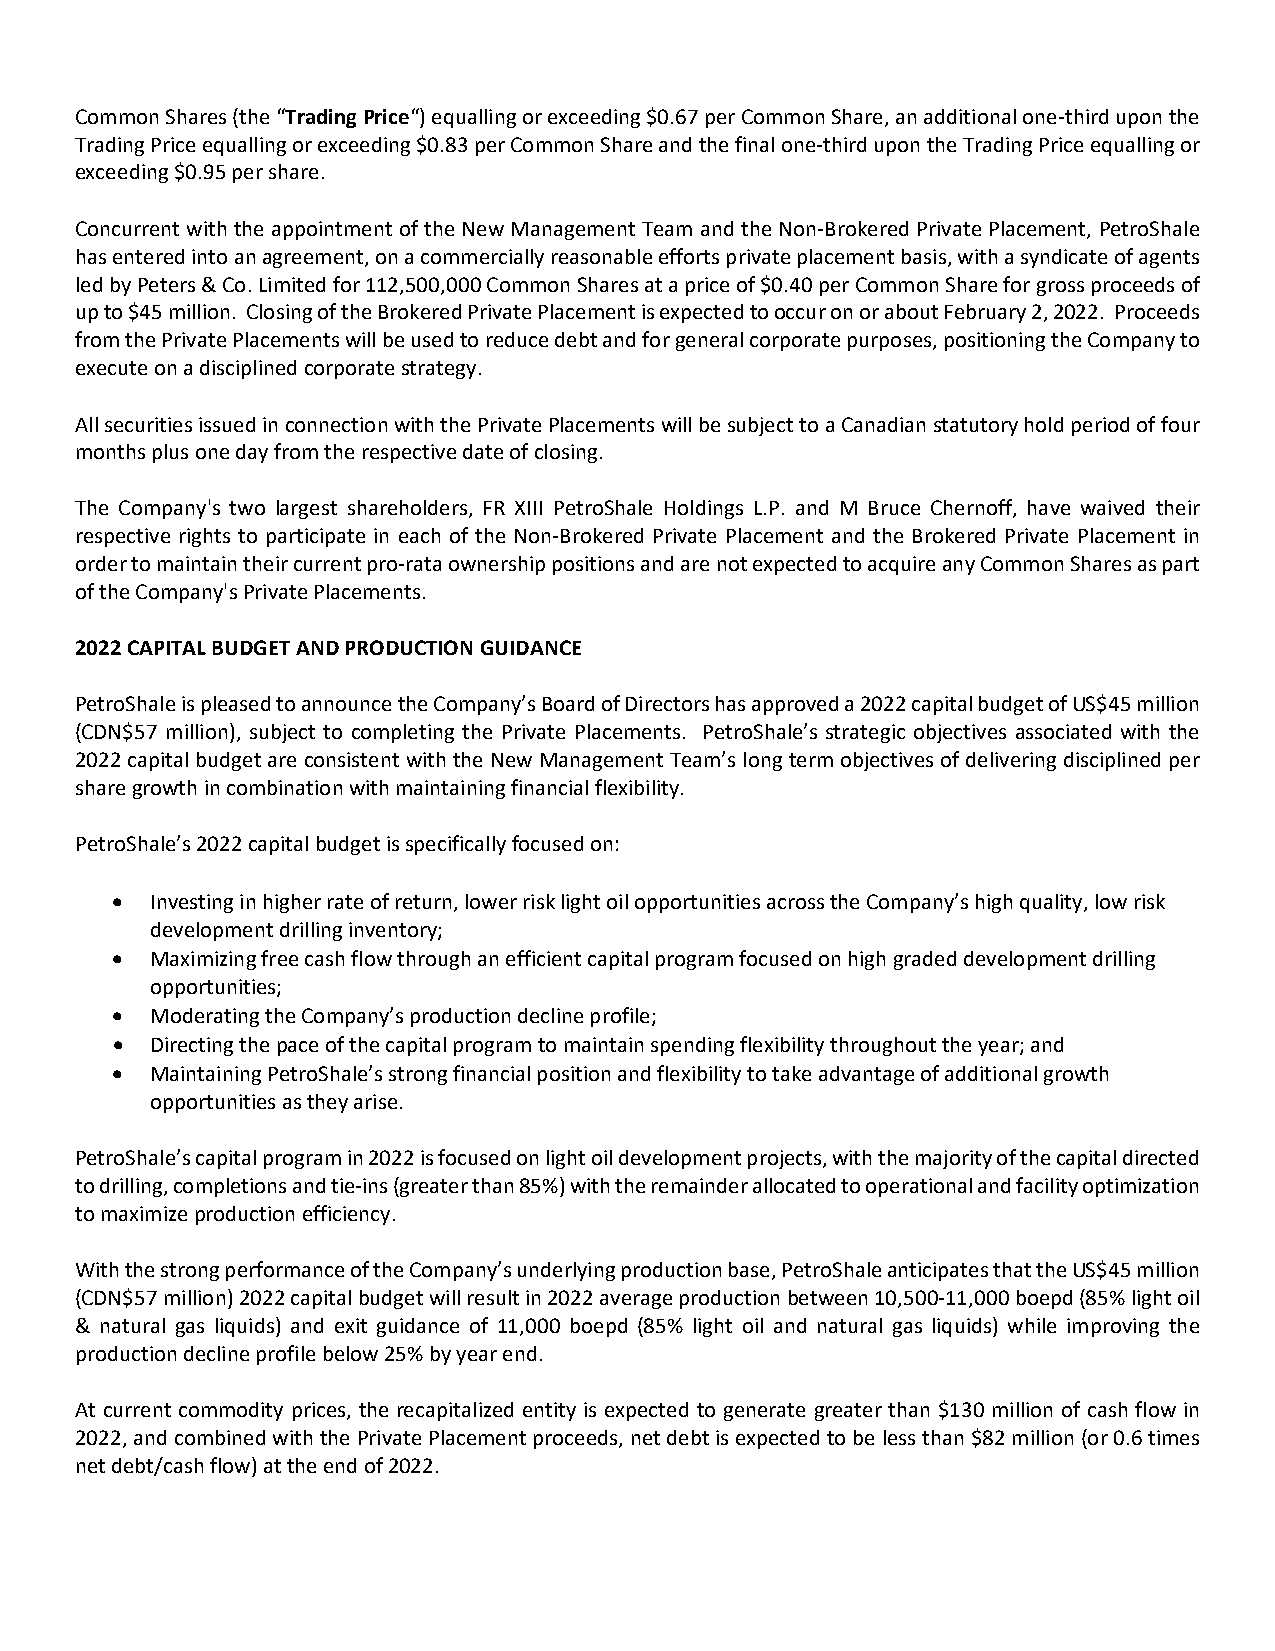
Common Shares (the “Trading Price“) equalling or exceeding $0.67 per Common Share, an additional one‐third upon the
 Trading Price equalling or exceeding $0.83 per Common Share and the final one‐third upon the Trading Price equalling or
 exceeding $0.95 per share.
 Concurrent with the appointment of the New Management Team and the Non‐Brokered Private Placement, PetroShale
 has entered into an agreement, on a commercially reasonable efforts private placement basis, with a syndicate of agents
 led by Peters & Co. Limited for 112,500,000 Common Shares at a price of $0.40 per Common Share for gross proceeds of
 up to $45 million. Closing of the Brokered Private Placement is expected to occur on or about February 2, 2022. Proceeds
 from the Private Placements will be used to reduce debt and for general corporate purposes, positioning the Company to
 execute on a disciplined corporate strategy.
 All securities issued in connection with the Private Placements will be subject to a Canadian statutory hold period of four
 months plus one day from the respective date of closing.
 The Company's two largest shareholders, FR XIII PetroShale Holdings L.P. and M Bruce Chernoff, have waived their
 respective rights to participate in each of the Non‐Brokered Private Placement and the Brokered Private Placement in
 order to maintain their current pro‐rata ownership positions and are not expected to acquire any Common Shares as part
 of the Company's Private Placements.
 2022 CAPITAL BUDGET AND PRODUCTION GUIDANCE
 PetroShale is pleased to announce the Company’s Board of Directors has approved a 2022 capital budget of US$45 million
 (CDN$57 million), subject to completing the Private Placements. PetroShale’s strategic objectives associated with the
 2022 capital budget are consistent with the New Management Team’s long term objectives of delivering disciplined per
 share growth in combination with maintaining financial flexibility.
 PetroShale’s 2022 capital budget is specifically focused on:
   Investing in higher rate of return, lower risk light oil opportunities across the Company’s high quality, low risk
 development drilling inventory;
   Maximizing free cash flow through an efficient capital program focused on high graded development drilling
 opportunities;
   Moderating the Company’s production decline profile;
   Directing the pace of the capital program to maintain spending flexibility throughout the year; and
   Maintaining PetroShale’s strong financial position and flexibility to take advantage of additional growth
 opportunities as they arise.
 PetroShale’s capital program in 2022 is focused on light oil development projects, with the majority of the capital directed
 to drilling, completions and tie‐ins (greater than 85%) with the remainder allocated to operational and facility optimization
 to maximize production efficiency.
 With the strong performance of the Company’s underlying production base, PetroShale anticipates that the US$45 million
 (CDN$57 million) 2022 capital budget will result in 2022 average production between 10,500‐11,000 boepd (85% light oil
 & natural gas liquids) and exit guidance of 11,000 boepd (85% light oil and natural gas liquids) while improving the
 production decline profile below 25% by year end.
 At current commodity prices, the recapitalized entity is expected to generate greater than $130 million of cash flow in
 2022, and combined with the Private Placement proceeds, net debt is expected to be less than $82 million (or 0.6 times
 net debt/cash flow) at the end of 2022.